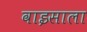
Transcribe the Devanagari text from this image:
वाइसाला